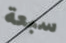
سبعة